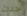
حدث